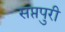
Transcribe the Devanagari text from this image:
सप्तपुरी